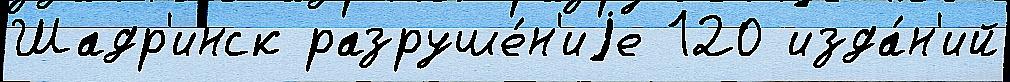
Шадр'инск разруше́н'иjе 120 изда́н'ий